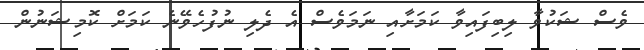
ވެސް ޝަކުވާ ލިބިފައިވާ ކަމަށާއި ނަމަވެސް އެ ދެލި ނުފުހެވޭނެ ކަމަށް ކޮމިޝަނުން